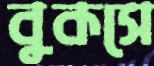
বুকসে